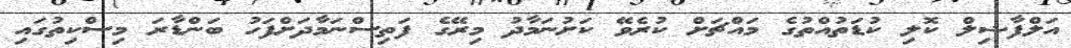
އަލްފާޟިލް ކޮލި ކުޑަތުއްތުގެ މައްޗަށް ކުރެވޭ ކަށުނަމާދު މިރޭގެ ފަތިސްނަމާދަށްފަހު ބަންޑާރަ މިސްކިތުގައި